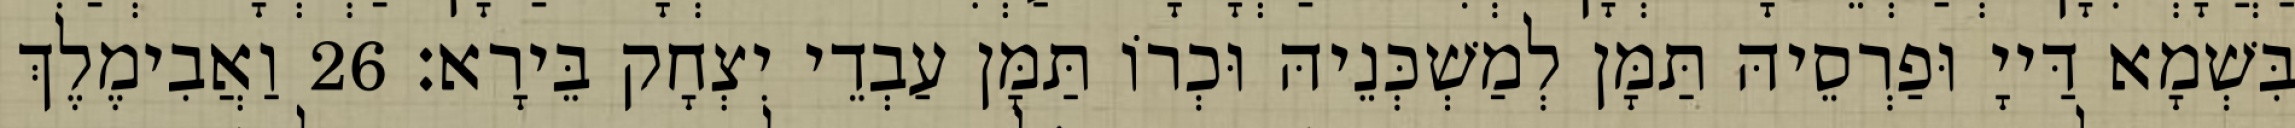
בִּשְׁמָא דַּייָ וּפַרְסֵיהּ תַּמָּן לְמַשְׁכְּנֵיהּ וּכְרוֹ תַּמָּן עַבְדֵי יִצְחָק בֵּירָא׃ 26 וַאֲבִימֶלֶךְ